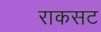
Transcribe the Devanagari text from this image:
राकसट